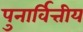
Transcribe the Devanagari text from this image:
पुनार्वित्तीय